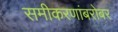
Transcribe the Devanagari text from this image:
समीकरणांबरोबर